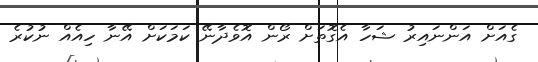
ގެއަށް އަންނައިރު ޝަހާ އެގޮތަށް ރޯން އޮވެދާނޭ ކަމަކަށް އޭނާ ހިއެއް ނުކުރެ